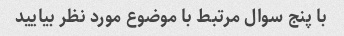
با پنج سوال مرتبط با موضوع مورد نظر بیایید